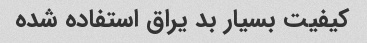
کیفیت بسیار بد یراق استفاده شده